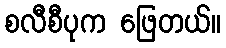
စလီစီပုက ဖြေတယ်။